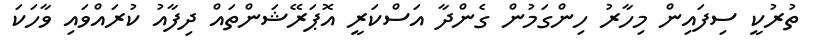
ތުރުކީ ސިފައިން މިހާރު ހިންގަމުން ގެންދާ އަސްކަރީ އޮޕަރޭޝަންތައް ދިފާއު ކުރައްވައި ވާހަކަ